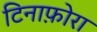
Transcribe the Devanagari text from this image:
टिनाफ़ोरा